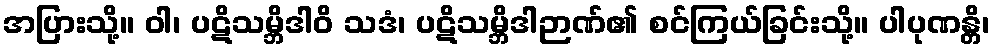
အပြားသို့။ ဝါ၊ ပဋိသမ္ဘိဒါဝိ သဒံ၊ ပဋိသမ္ဘိဒါဉာဏ်၏ စင်ကြယ်ခြင်းသို့။ ပါပုဏန္တိ၊